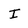
Character: I